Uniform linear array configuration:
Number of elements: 4
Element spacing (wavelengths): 1
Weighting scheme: binomial
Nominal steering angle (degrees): -60
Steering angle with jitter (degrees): -61.624
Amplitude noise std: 0.05
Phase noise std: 0.05

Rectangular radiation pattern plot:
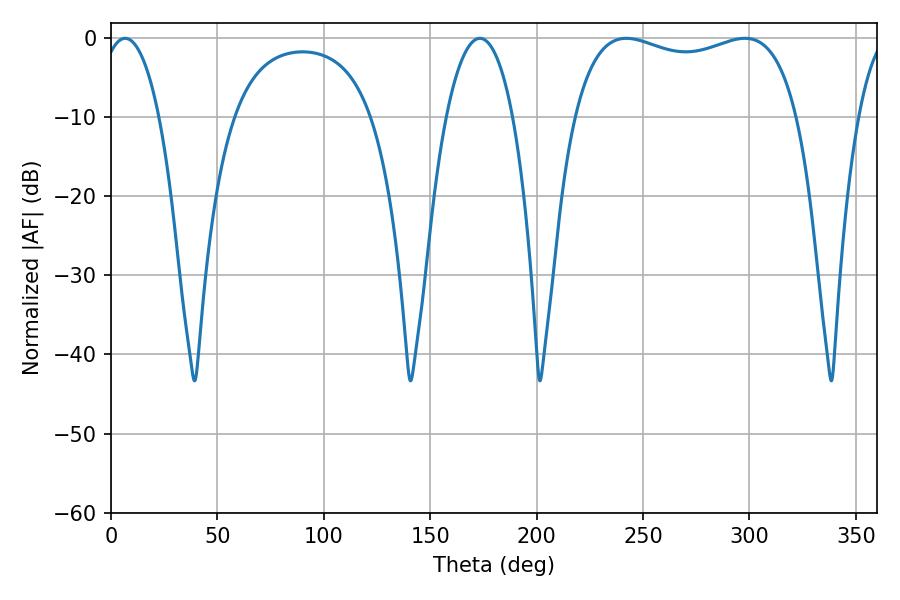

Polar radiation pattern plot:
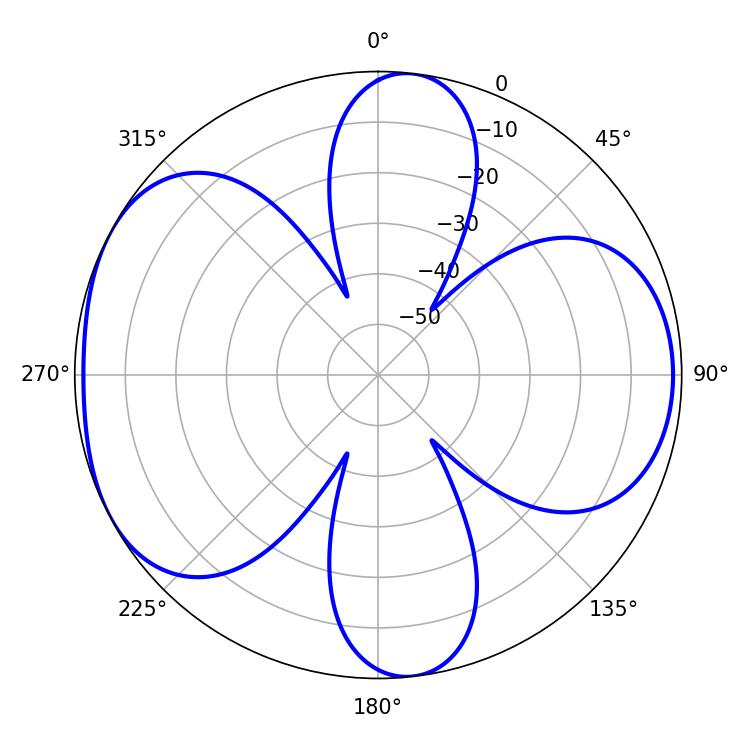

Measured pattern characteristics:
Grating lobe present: TRUE
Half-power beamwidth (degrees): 15.48
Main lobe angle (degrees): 6.66